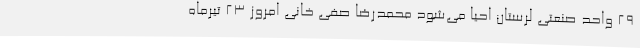
29 واحد صنعتی لرستان احیا می‌شود محمدرضا صفی خانی امروز 23 تیرماه